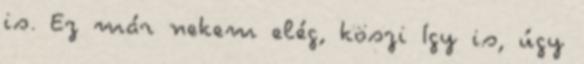
is. Ez már nekem elég, köszi Így is, úgy